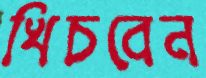
খিচবেন